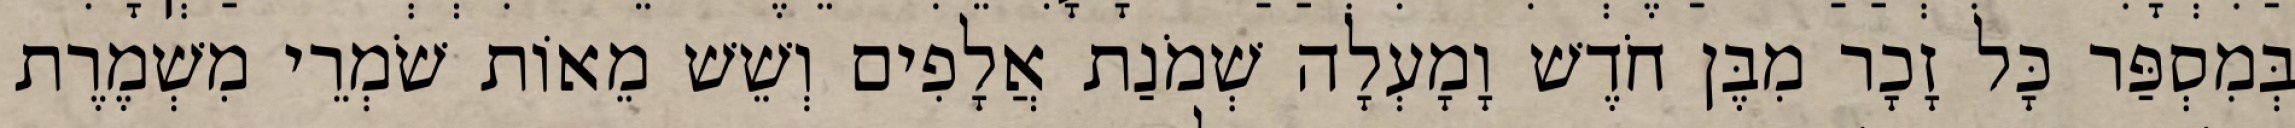
בְּמִסְפַּר כָּל זָכָר מִבֶּן חֹדֶשׁ וָמָעְלָה שְׁמֹנַת אֲלָפִים וְשֵׁשׁ מֵאוֹת שֹׁמְרֵי מִשְׁמֶרֶת